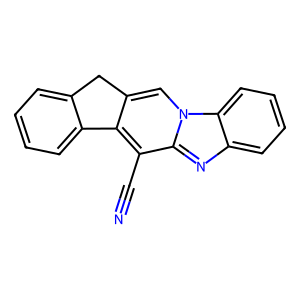
SMILES: N#Cc1c2c(cn3c1nc1ccccc13)Cc1ccccc1-2
Inhibits HIV replication: No